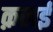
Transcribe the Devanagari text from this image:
क़लई